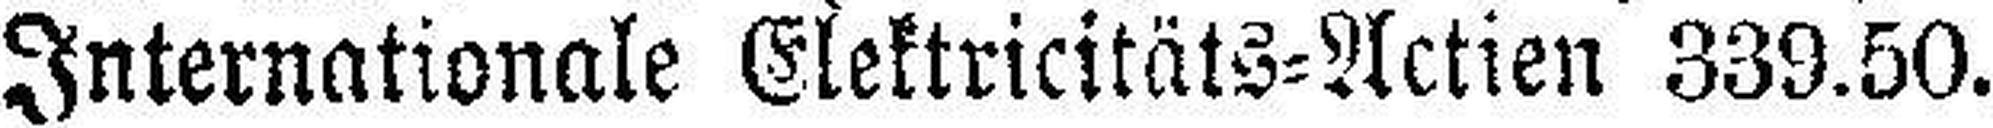
Internationale Elektricitäts=Actien 339.50.